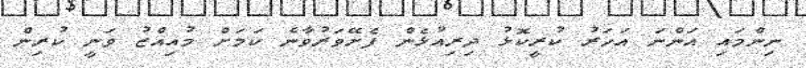
ނިންމައި އަންނަ އަހަރު ކުރީކޮޅު ދިރިއުޅެން ފެށޭވަރުވާނެ ކަމަށް މުއިއްޒު ވަނީ ކުރިން